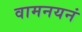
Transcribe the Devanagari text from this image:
वामनयनं